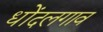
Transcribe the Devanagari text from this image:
धोंदलगाव